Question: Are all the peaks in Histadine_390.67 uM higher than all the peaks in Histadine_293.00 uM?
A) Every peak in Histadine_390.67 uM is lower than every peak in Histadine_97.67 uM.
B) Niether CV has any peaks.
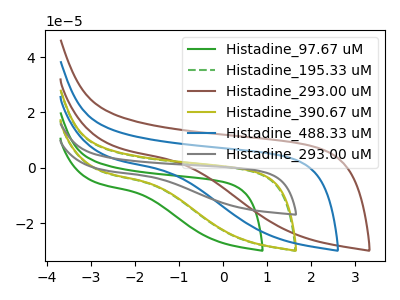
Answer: <think>The green curve "Histadine_97.67 uM" has no peaks. The green dashed curve "Histadine_195.33 uM" has no peaks. The brown curve "Histadine_293.00 uM" has no peaks. The olive curve "Histadine_390.67 uM" has no peaks. The blue curve "Histadine_488.33 uM" has no peaks. The gray curve "Histadine_293.00 uM" has no peaks.</think>
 <answer>B) Niether CV has any peaks.</answer>
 <eval>B</eval>